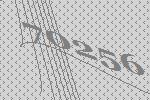
70256